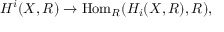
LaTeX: H ^ { i } ( X , R ) \to \operatorname { H o m } _ { R } ( H _ { i } ( X , R ) , R ) ,